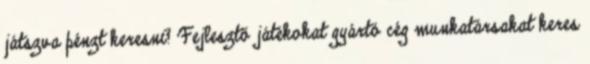
játszva pénzt keresni? Fejlesztő játékokat gyártó cég munkatársakat keres